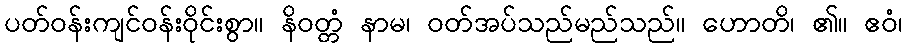
ပတ်ဝန်းကျင်ဝန်းဝိုင်းစွာ။ နိဝတ္တံ နာမ၊ ဝတ်အပ်သည်မည်သည်။ ဟောတိ၊ ၏။ ဧဝံ၊